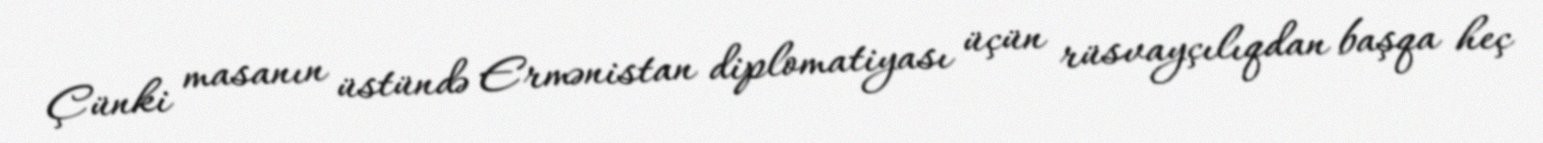
Çünki masanın üstündə Ermənistan diplomatiyası üçün rüsvayçılıqdan başqa heç